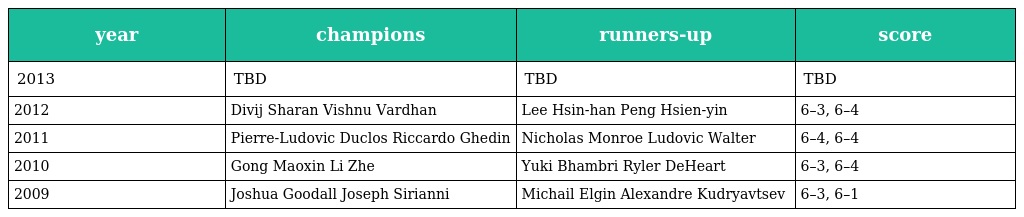
| year | champions | runners-up | score |
 | --- | --- | --- | --- |
 | 2013 | TBD | TBD | TBD |
 | 2012 | Divij Sharan Vishnu Vardhan | Lee Hsin-han Peng Hsien-yin | 6–3, 6–4 |
 | 2011 | Pierre-Ludovic Duclos Riccardo Ghedin | Nicholas Monroe Ludovic Walter | 6–4, 6–4 |
 | 2010 | Gong Maoxin Li Zhe | Yuki Bhambri Ryler DeHeart | 6–3, 6–4 |
 | 2009 | Joshua Goodall Joseph Sirianni | Michail Elgin Alexandre Kudryavtsev | 6–3, 6–1 |